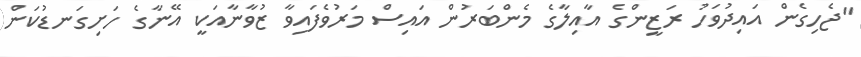
"ޖެހިގެން އައިދުވަހު ރަޒީންގެ އާއިލާގެ މެންބަރުން އައިސް މަރުވެފައިވާ ޒުވާނާއަކީ އޭނާގެ ހަށިގަނޑުކަން